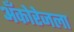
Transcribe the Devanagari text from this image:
अँकोरेजला